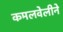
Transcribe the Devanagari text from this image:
कमलवेलीने